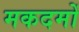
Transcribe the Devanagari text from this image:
मकदमों